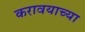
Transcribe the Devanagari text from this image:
करावयाच्‍या